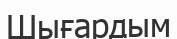
Шығардым